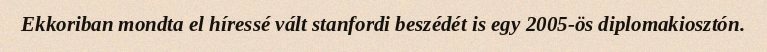
Ekkoriban mondta el híressé vált stanfordi beszédét is egy 2005-ös diplomakiosztón.